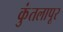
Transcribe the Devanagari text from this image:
कुंतलापूर